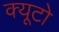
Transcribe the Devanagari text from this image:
क्यूटो